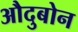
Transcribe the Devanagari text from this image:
औदुबोन